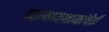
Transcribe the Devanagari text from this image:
व्यायामशाळांचेही